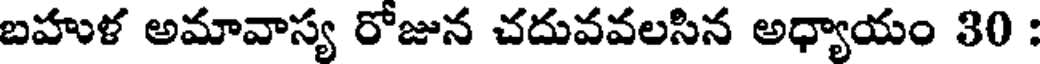
బహుళ అమావాస్య రోజున చదువవలసిన అధ్యాయం 30 :